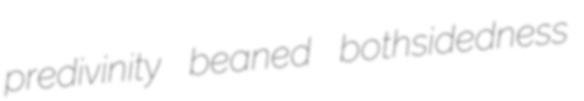
predivinity beaned bothsidedness